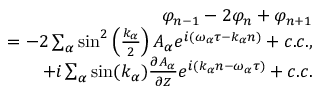
\begin{array} { r } { \varphi _ { n - 1 } - 2 \varphi _ { n } + \varphi _ { n + 1 } } \\ { = - 2 \sum _ { \alpha } \sin ^ { 2 } \left( \frac { k _ { \alpha } } { 2 } \right) A _ { \alpha } e ^ { i ( \omega _ { \alpha } \tau - k _ { \alpha } n ) } + c . c . , } \\ { + i \sum _ { \alpha } \sin ( k _ { \alpha } ) \frac { \partial A _ { \alpha } } { \partial Z } e ^ { i ( k _ { \alpha } n - \omega _ { \alpha } \tau ) } + c . c . } \end{array}